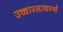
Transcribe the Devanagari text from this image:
उच्चारसाधर्म्य